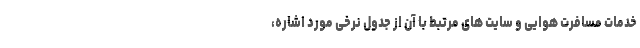
خدمات مسافرت هوایی و سایت های مرتبط با آن از جدول نرخی مورد اشاره،